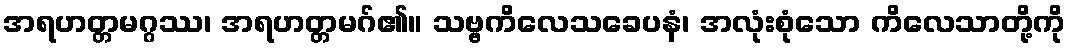
အရဟတ္တမဂ္ဂဿ၊ အရဟတ္တမဂ်၏။ သဗ္ဗကိလေသခေပနံ၊ အလုံးစုံသော ကိလေသာတို့ကို